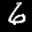
Label: 6